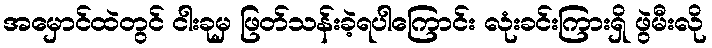
အမှောင်ထဲတွင် ငါးခုမှ ဖြတ်သန်းခဲ့ရပါကြောင်း လုံးခင်းကြားရှိ ဖွဲမီးလို